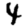
Digit: 4